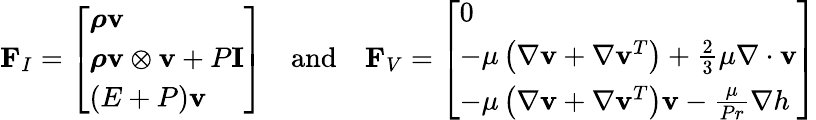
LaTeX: \mathbf{F}_{I}=\left[\begin{array}{l}{\boldsymbol{\rho}\mathbf{v}}\\ {\boldsymbol{\rho}\mathbf{v}\otimes\mathbf{v}+P\mathbf{I}}\\ {(E+P)\mathbf{v}}\end{array}\right]\quad\mathrm{and}\quad\mathbf{F}_{V}=\left[\begin{array}{l}{0}\\ {-\mu\left(\nabla\mathbf{v}+\nabla\mathbf{v}^{T}\right)+\frac{2}{3}\mu\nabla\cdot\mathbf{v}}\\ {-\mu\left(\nabla\mathbf{v}+\nabla\mathbf{v}^{T}\right)\mathbf{v}-\frac{\mu}{Pr}\nabla h}\end{array}\right]